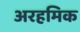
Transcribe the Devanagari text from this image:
अरहमिक